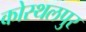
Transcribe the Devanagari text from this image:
कोस्थलपुर